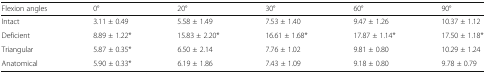
<table><thead><tr><td><b>Flexion angles</b></td><td><b>0°</b></td><td><b>20°</b></td><td><b>30°</b></td><td><b>60°</b></td><td><b>90°</b></td></tr></thead><tbody><tr><td>Intact</td><td>3.11 ± 0.49</td><td>5.58 ± 1.49</td><td>7.53 ± 1.40</td><td>9.47 ± 1.26</td><td>10.37 ± 1.12</td></tr><tr><td>Deficient</td><td>8.89 ± 1.22*</td><td>15.83 ± 2.20*</td><td>16.61 ± 1.68*</td><td>17.87 ± 1.14*</td><td>17.50 ± 1.18*</td></tr><tr><td>Triangular</td><td>5.87 ± 0.35*</td><td>6.50 ± 2.14</td><td>7.76 ± 1.02</td><td>9.81 ± 0.80</td><td>10.29 ± 1.24</td></tr><tr><td>Anatomical</td><td>5.90 ± 0.33*</td><td>6.19 ± 1.86</td><td>7.43 ± 1.09</td><td>9.18 ± 0.80</td><td>9.78 ± 0.79</td></tr></tbody></table>